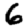
Digit: 6